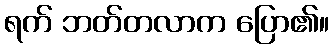
ရက် ဘတ်တလာက ပြော၏။